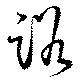
路